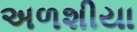
અળશીયા